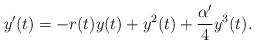
\begin{align*} y'(t)=-r(t)y(t)+y^2(t)+\frac{\alpha'}{4}y^3(t).\end{align*}